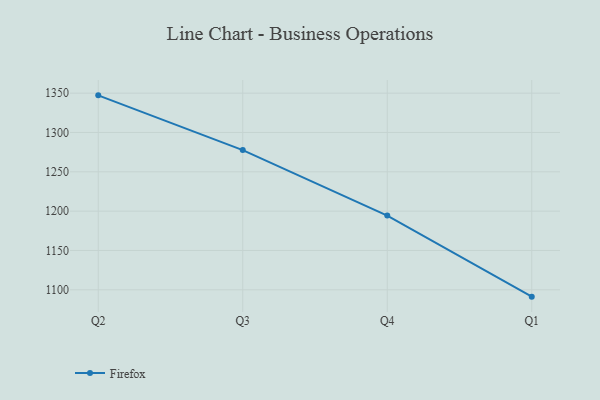
{"axis": {"x": "Quarter", "y": "Inventory Turnover"}, "legend": ["Firefox"], "data": [{"x": "Q2", "y": 1347.2, "type": "Firefox"}, {"x": "Q3", "y": 1277.6, "type": "Firefox"}, {"x": "Q4", "y": 1194.4, "type": "Firefox"}, {"x": "Q1", "y": 1091.3, "type": "Firefox"}]}